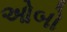
ઓબો